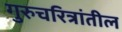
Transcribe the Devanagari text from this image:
गुरुचरित्रांतील